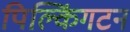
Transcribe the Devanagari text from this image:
पिल्किंगटन